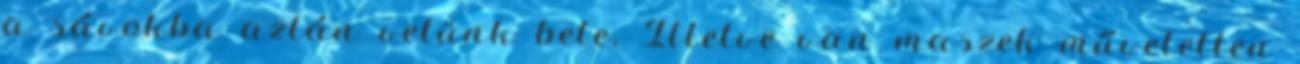
a sávokba aztán vetünk bele. Illetve van maszek műveletlen